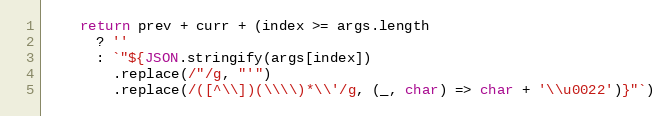
Language: JavaScript
    return prev + curr + (index >= args.length
      ? ''
      : `"${JSON.stringify(args[index])
        .replace(/"/g, "'")
        .replace(/([^\\])(\\\\)*\\'/g, (_, char) => char + '\\u0022')}"`)